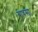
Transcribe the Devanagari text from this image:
बावसा